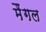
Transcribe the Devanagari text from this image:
मैंगल